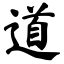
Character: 道